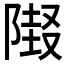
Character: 𲉜